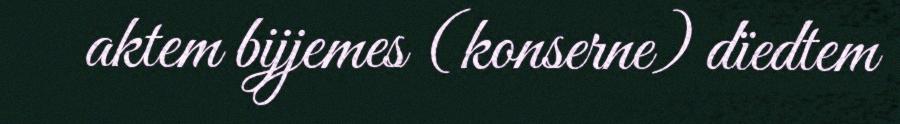
aktem bijjemes (konserne) dïedtem